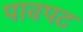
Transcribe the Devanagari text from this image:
पावपट